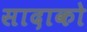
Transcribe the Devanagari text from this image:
सादाको